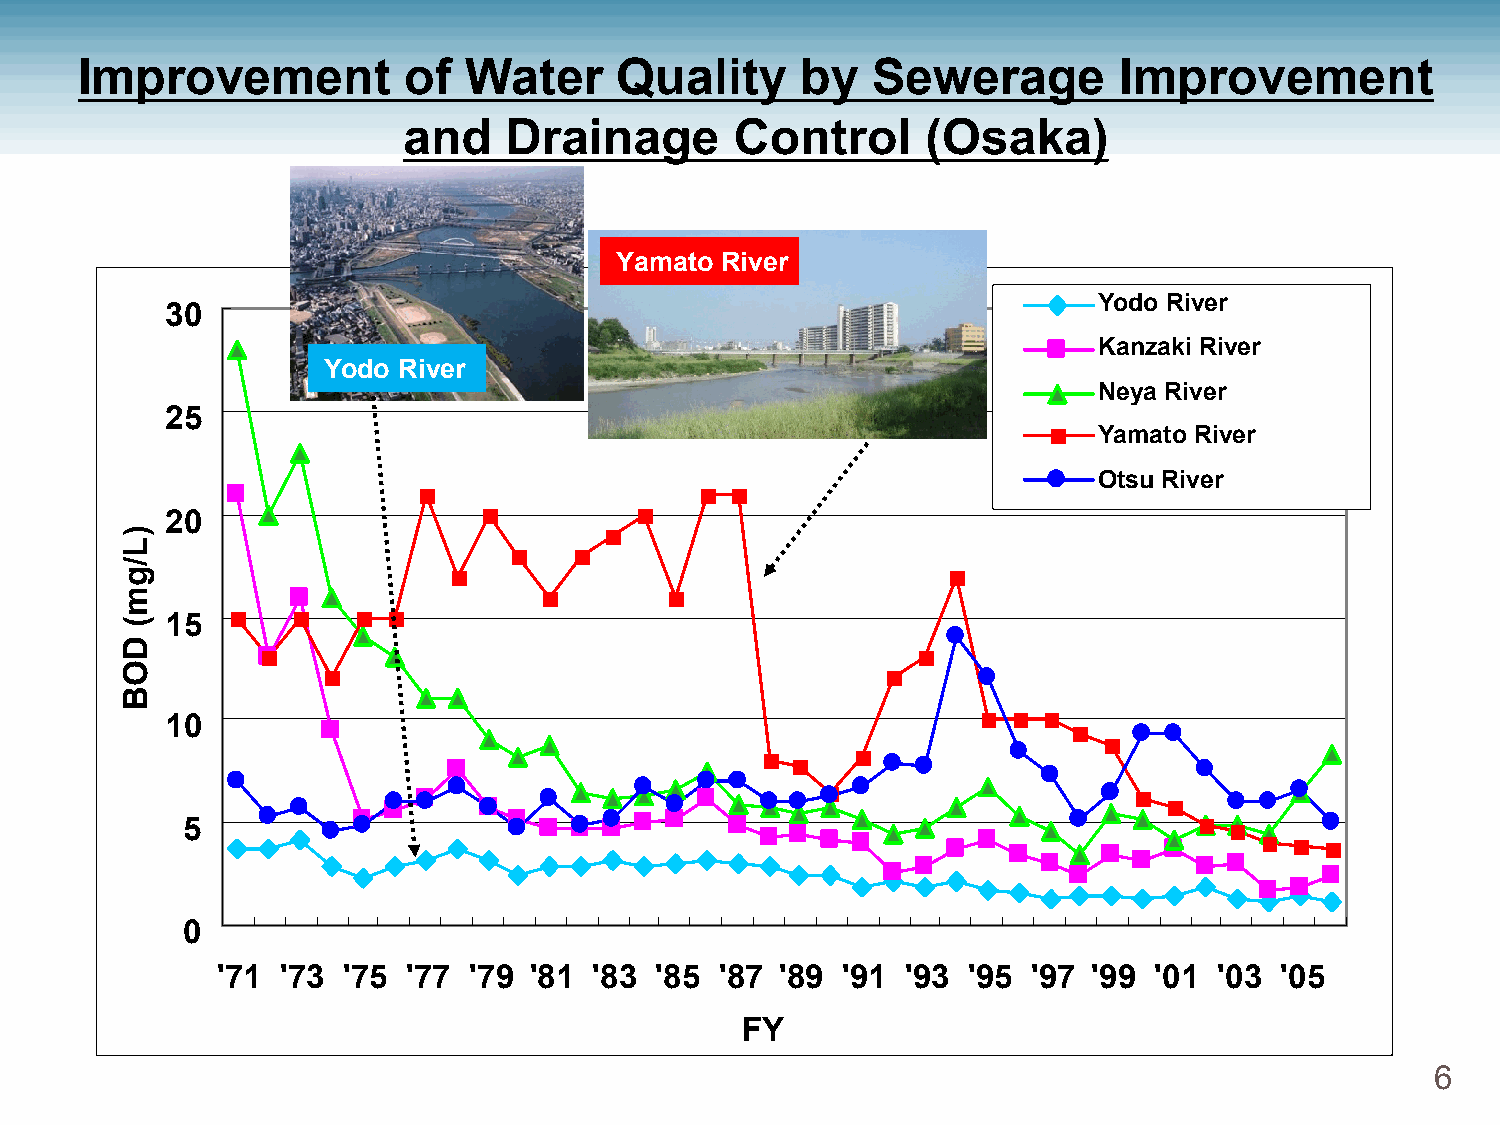
Improvement           of  Water     Quality     by   Sewerage        Improvement
 and   Drainage        Control     (Osaka)
 Yamato River
 Yodo River
 30
 Kanzaki River
 Yodo River
 Neya River
 25
 Yamato River
 Otsu River
 20
 )
 L
 /
 g
 m
 (  15
 D
 O
 B
 10
 5
 0
 '71  '73 '75 '77 '79 '81 '83 '85  '87 '89 '91 '93 '95 '97 '99 '01  '03 '05
 FY
 6